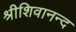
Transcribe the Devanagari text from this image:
श्रीशिवानन्द